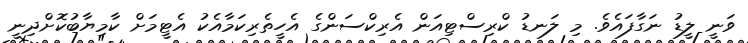
ވަނީ ލީޑު ނަގާފައެވެ. މި ލަނޑު ކްރިސްޓިއަން އެރިކްސަންގެ އެހީތެރިކަމާއެކު އެޓީމަށް ކާމިޔާބުކޮށްދިނީ